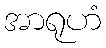
အာရုဟံ